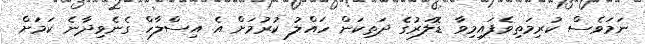
ނަމަވެސް ކުރިމަތިވެފައިމިވާ ޑޮލަރުގެ ދަތިކަން ހައްލު ކުރުމަށް އެ އިސްލާހް ގެނެވިދާނެ ކަމަށް